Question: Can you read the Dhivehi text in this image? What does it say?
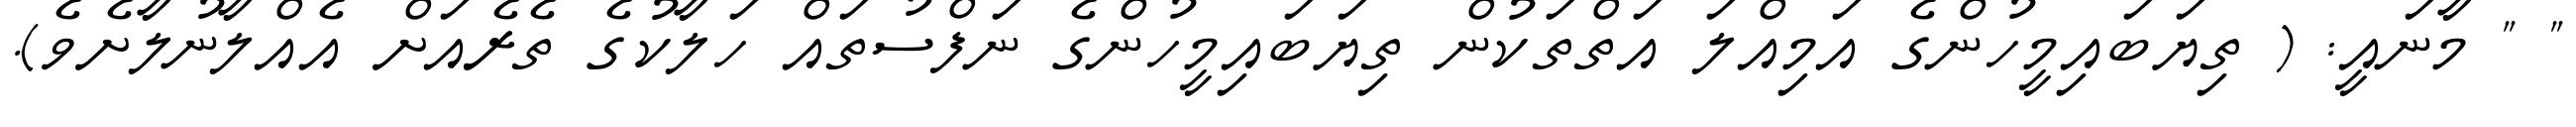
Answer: " " މާނައީ: ( ތިޔަބައިމީހުންގެ އަމިއްލަ އަތްތަކުން ތިޔަބައިމީހުންގެ ނަފްސުތައް ހަލާކުގެ ތެރެއަށް އެއްލާނުލާށެވެ).